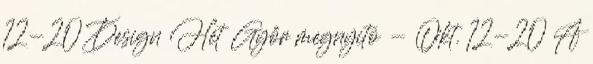
12-20 Design Hét Győr megnyitó - Okt. 12-20 A